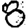
Digit: 8